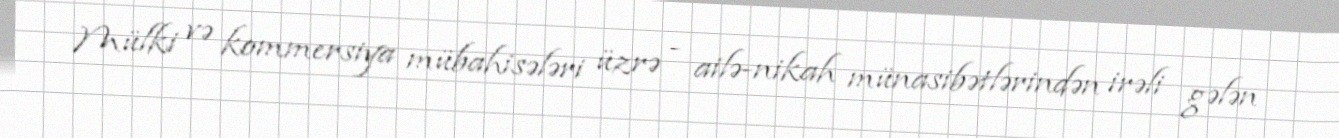
Mülki və kommersiya mübahisələri üzrə - ailə-nikah münasibətlərindən irəli gələn